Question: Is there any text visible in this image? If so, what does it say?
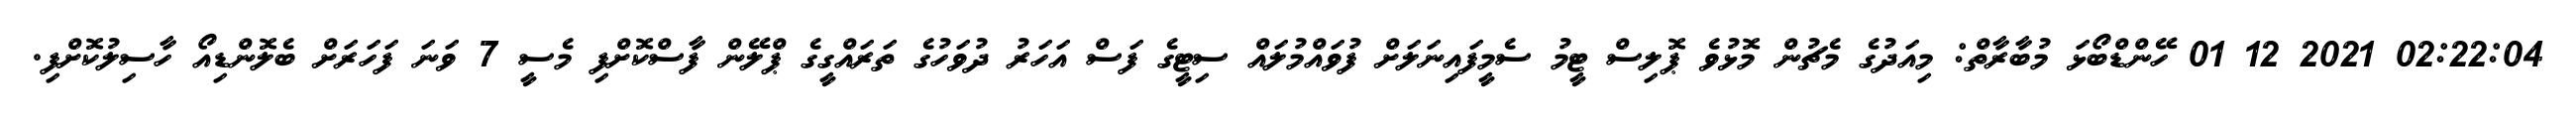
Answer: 02:22:04 2021 12 01 ހޭންޑްބޯޅަ މުބާރާތް: މިއަދުގެ މެޗުން މޮޅުވެ ޕޮލިސް ޓީމު ސެމީފައިނަލަށް ފުވައްމުލައް ސިޓީގެ ފަސް އަހަރު ދުވަހުގެ ތަރައްގީގެ ޕްލޭން ފާސްކޮށްފި މެސީ 7 ވަނަ ފަހަރަށް ބެލޮންޑިއޯ ހާސިލުކޮށްފި.